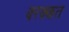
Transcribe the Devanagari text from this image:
बरक्कत